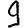
Digit: 9